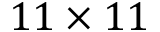
1 1 \times 1 1